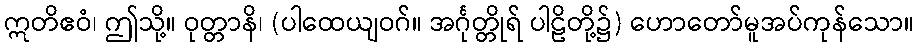
ဣတိဧဝံ၊ ဤသို့။ ဝုတ္တာနိ၊ (ပါထေယျဝဂ်။ အင်္ဂုတ္တိုရ် ပါဠိတို့၌) ဟောတော်မူအပ်ကုန်သော။